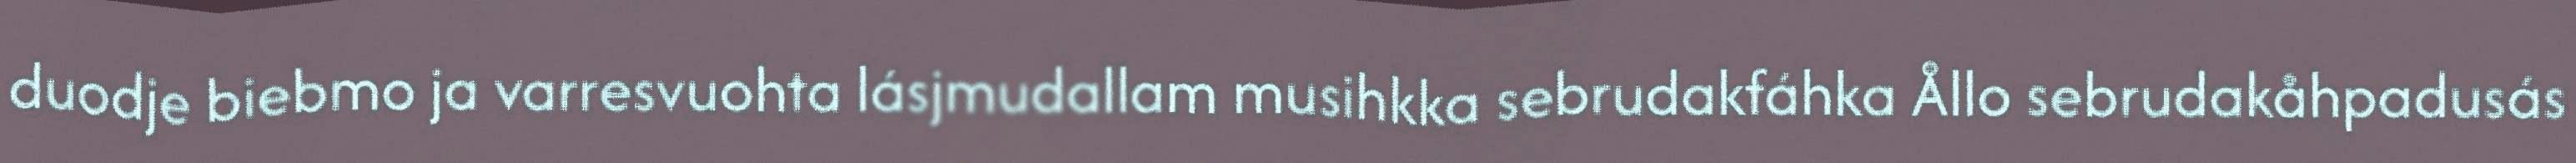
duodje biebmo ja varresvuohta lásjmudallam musihkka sebrudakfáhka Ållo sebrudakåhpadusás